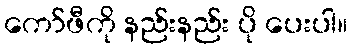
ကော်ဖီကို နည်းနည်း ပို ပေးပါ။